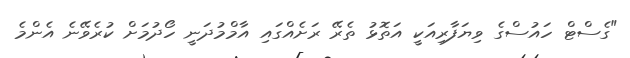
"ގެސްޓް ހައުސްގެ ވިޔަފާރިއަކީ އަތޮޅު ތެރޭ ރަށެއްގައި އާމްމުދަނީ ހޯދުމަށް ކުރެވޭނެ އެންމެ